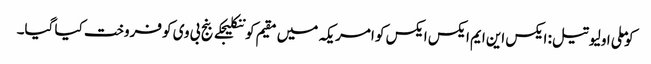
کوملی اولیو تیل: ایکس این ایم ایکس ایکس کو امریکہ میں مقیم کوننکلیجکے بنج بی وی کو فروخت کیا گیا۔